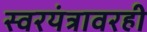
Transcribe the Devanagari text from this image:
स्वरयंत्रावरही